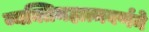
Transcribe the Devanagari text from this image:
व्यक्तिमहात्मवर्णने